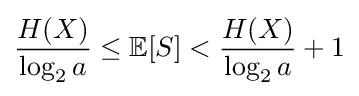
{\frac {H(X)}{\log _{2}a}}\leq \mathbb {E} [S]<{\frac {H(X)}{\log _{2}a}}+1